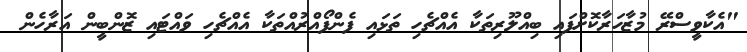
"އެކާވީސްރޭ މުޒާހަރާކޮށްފައި ބިއްލޫރިތަކާ އެއްޗެހި ތަޅައި ފެންފޯއްރުއްތަކާ އެއްޗެހި ވައްޓައި ޒޮންބީން އަރާހެން